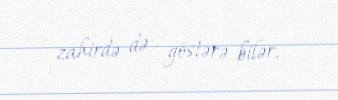
zahirdə də göstərə bilər.